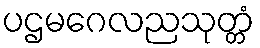
ပဌမဂေလညသုတ္တံ